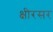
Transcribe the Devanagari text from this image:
क्षीरसर